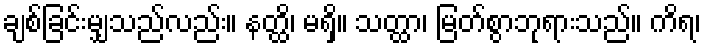
ချစ်ခြင်းမျှသည်လည်း။ နတ္ထိ၊ မရှိ။ သတ္ထာ၊ မြတ်စွာဘုရားသည်။ ကိရ၊